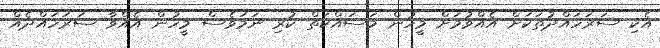
އެކި ސަރަހައްދުތަކަށް އެއްވުމަށް މީހުން މަސައްކަތް ކުރި ނަމަވެސް މީހުން އެއްވާ ސަރަހައްދެއް